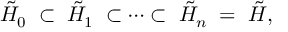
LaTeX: \tilde { { \cal H } } _ { 0 } \; \subset \; \tilde { { \cal H } } _ { 1 } \; \subset \cdots \subset \; \tilde { { \cal H } } _ { n } \; = \; \tilde { { \cal H } } ,